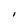
Character: I